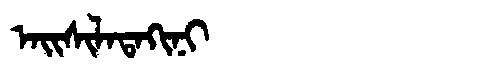
Manchu: ᠠᡳᠰᡳᠯᠠᡨᠠᡴᡳᠨᡳ
Romanization: AISILATAKINI